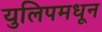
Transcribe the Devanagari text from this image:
युलिपमधून